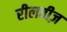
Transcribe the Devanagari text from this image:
रीलवीज़